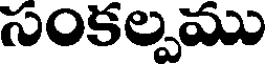
సంకల్పము